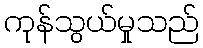
ကုန်သွယ်မှုသည်